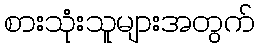
စားသုံးသူများအတွက်